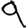
Digit: 9